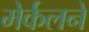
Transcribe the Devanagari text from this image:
मेर्कलने